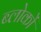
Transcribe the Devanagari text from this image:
ब्लोकों